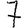
Digit: 7